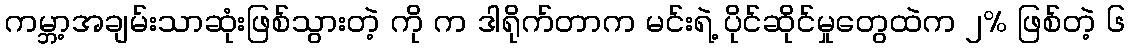
ကမ္ဘာ့အချမ်းသာဆုံးဖြစ်သွားတဲ့ ကို က ဒါရိုက်တာက မင်းရဲ့ ပိုင်ဆိုင်မှုတွေထဲက ၂% ဖြစ်တဲ့ ၆